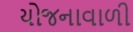
યોજનાવાળી